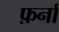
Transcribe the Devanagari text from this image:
फ़र्नां